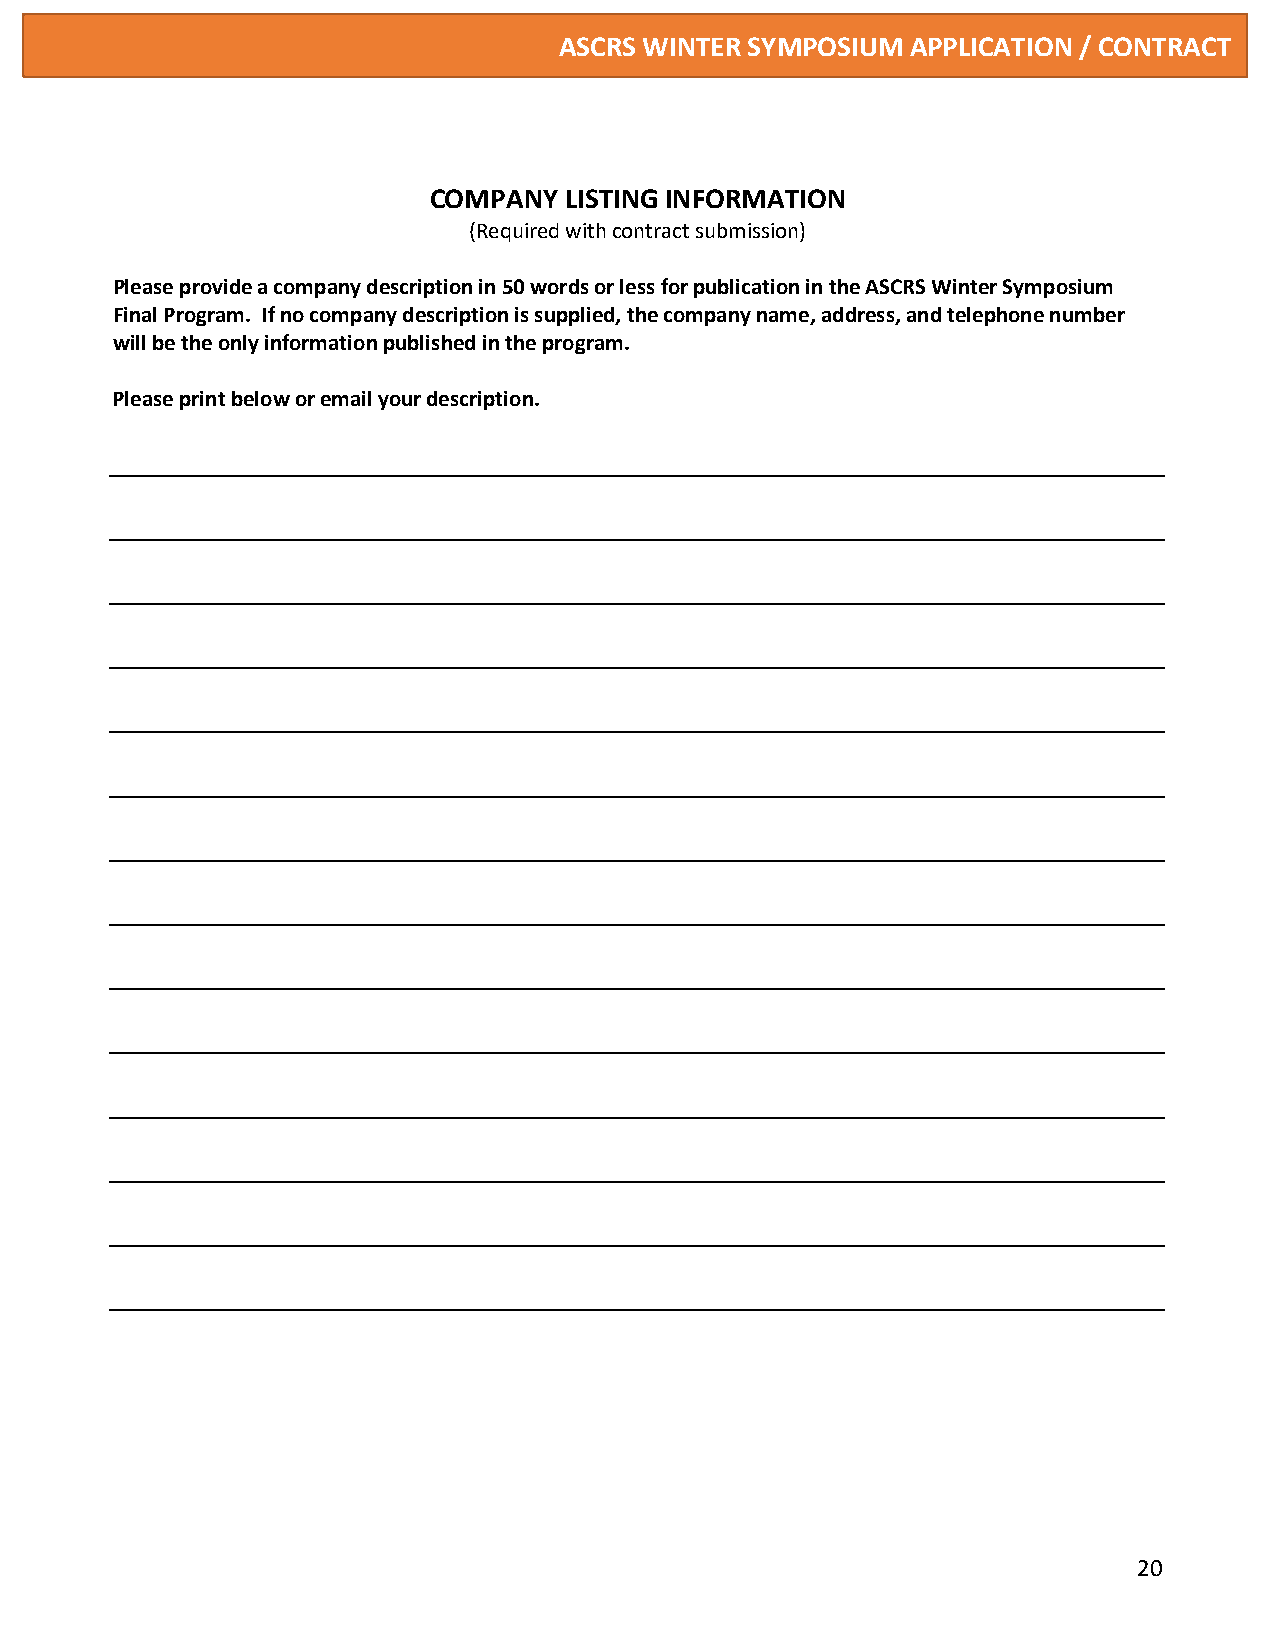
ASCRS WINTER SYMPOSIUM APPLICATION / CONTRACT
 COMPANY  LISTING INFORMATION
 (Required with contract submission)
 Please provide a company description in 50 words or less for publication in the ASCRS Winter Symposium
 Final Program. If no company description is supplied, the company name, address, and telephone number
 will be the only information published in the program.
 Please print below or email your description.
 20